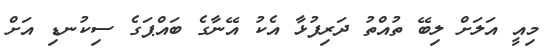
މިއީ އަލަށް ލިބޭ ތުއްތު ދަރިފުޅާ އެކު އޭނާގެ ބައްޕަގެ ސިކުނޑި އަށް